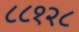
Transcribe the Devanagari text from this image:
८८१२८